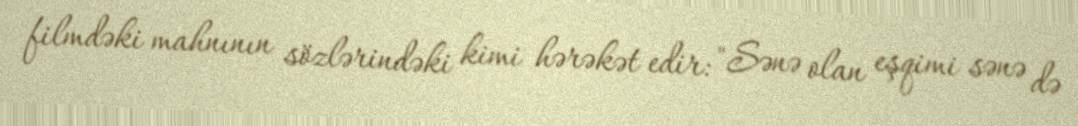
filmdəki mahnının sözlərindəki kimi hərəkət edir: "Sənə olan eşqimi sənə də